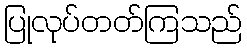
ပြုလုပ်တတ်ကြသည်